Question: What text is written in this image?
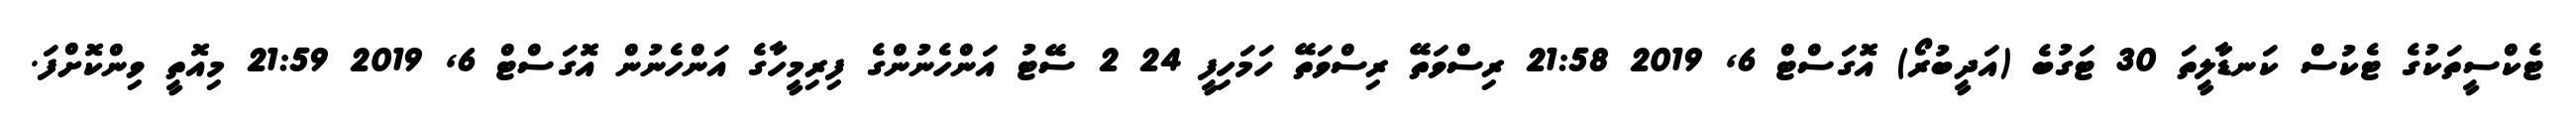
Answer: ޓެކްސީތަކުގެ ޓެކުސް ކަނޑާލީތަ 30 ޓަގުބެ (އަދީބުރޯ) އޮގަސްޓް 6, 2019 21:58 ރިސްވަތޭ ރިސްވަތޭ ހަމަހިފީ 24 2 ސޭޓު އަންހެނުންގެ ފިރިމީހާގެ އަންހެނުން އޮގަސްޓް 6, 2019 21:59 މިއޮތީ ވިންކޮށްފަ.